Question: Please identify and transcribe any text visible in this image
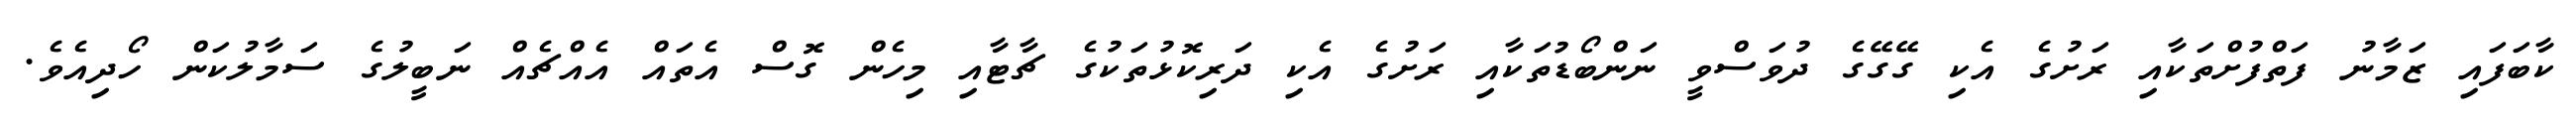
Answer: ކާބަފައި ޒަމާނު ފަތްފުށްތަކާއި ރަށުގެ އެކި ގޭގޭގެ ދުވަސްވީ ނަންބޯޑުތަކާއި ރަށުގެ އެކި ދަރިކޮޅުތަކުގެ ޗާޓާއި މިހެން ގޮސް އެތައް އެއްޗެއް ނަބީލުގެ ސަމާލުކަން ހޯދިއެވެ.